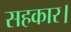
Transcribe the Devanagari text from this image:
सहकार।